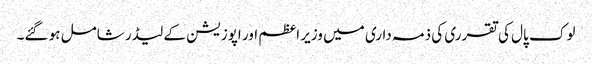
لوک پال کی تقرری کی ذمہ داری میں وزیر اعظم اور اپوزیشن کے لیڈر شامل ہو گئے۔